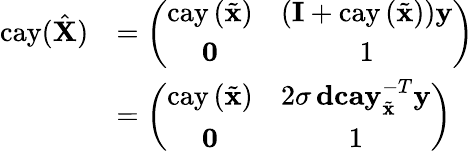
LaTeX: \begin{array}{rl}{\mathrm{cay}(\hat{\mathbf{X}})}&{=\left(\begin{array}{cc}{\mathrm{cay}\left(\tilde{\mathbf{x}}\right)}&{\left(\mathbf{I}+\mathrm{cay}\left(\tilde{\mathbf{x}}\right)\right)\mathbf{y}}\\ {\mathbf{0}}&{1}\end{array}\right)}\\ &{=\left(\begin{array}{cc}{\mathrm{cay}\left(\tilde{\mathbf{x}}\right)}&{2\sigma\, \mathbf{dcay}_{\tilde{\mathbf{x}}}^{-T}\mathbf{y}}\\ {\mathbf{0}}&{1}\end{array}\right)}\end{array}